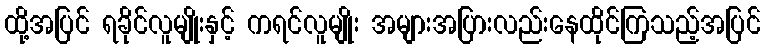
ထို့အပြင် ရခိုင်လူမျိုးနှင့် ကရင်လူမျိုး အများအပြားလည်းနေထိုင်ကြသည့်အပြင်